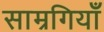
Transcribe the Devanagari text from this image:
साम्रगियाँ